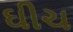
ઘીચ